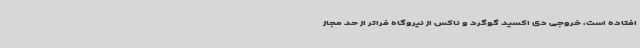
افتاده است، خروجی دی اکسید گوگرد و ناکس از نیروگاه فراتر از حد مجاز